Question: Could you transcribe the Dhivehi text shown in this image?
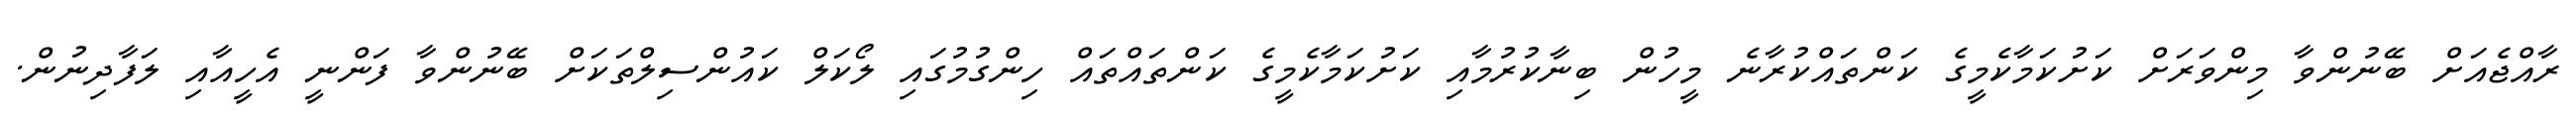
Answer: ރާއްޖެއަށް ބޭނުންވާ މިންވަރަށް ކަށުކަމާކެމީގެ ކަންތައްކުރާނެ މީހުން ބިނާކުރުމާއި ކަށުކަމާކެމީގެ ކަންތައްތައް ހިންގުމުގައި ލޯކަލް ކައުންސިލްތަކަށް ބޭނުންވާ ފަންނީ އެހީއާއި ލަފާދިނުން.